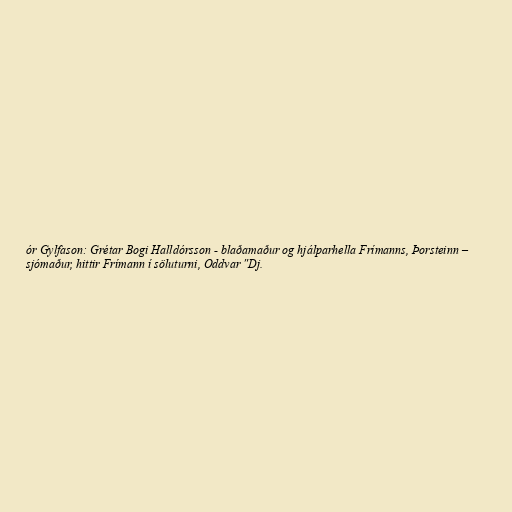
ór Gylfason: Grétar Bogi Halldórsson - blaðamaður og hjálparhella Frímanns, Þorsteinn –
sjómaður, hittir Frímann í söluturni, Oddvar "Dj.